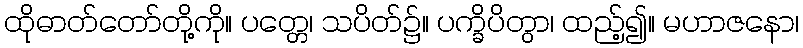
ထိုဓာတ်တော်တို့ကို။ ပတ္တေ၊ သပိတ်၌။ ပက္ခိပိတွာ၊ ထည့်၍။ မဟာဇနော၊